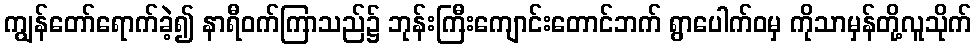
ကျွန်တော်ရောက်ခဲ့၍ နာရီဝက်ကြာသည်၌ ဘုန်းကြီးကျောင်းတောင်ဘက် ရွာပေါက်ဝမှ ကိုသာမှန်တို့လူသိုက်